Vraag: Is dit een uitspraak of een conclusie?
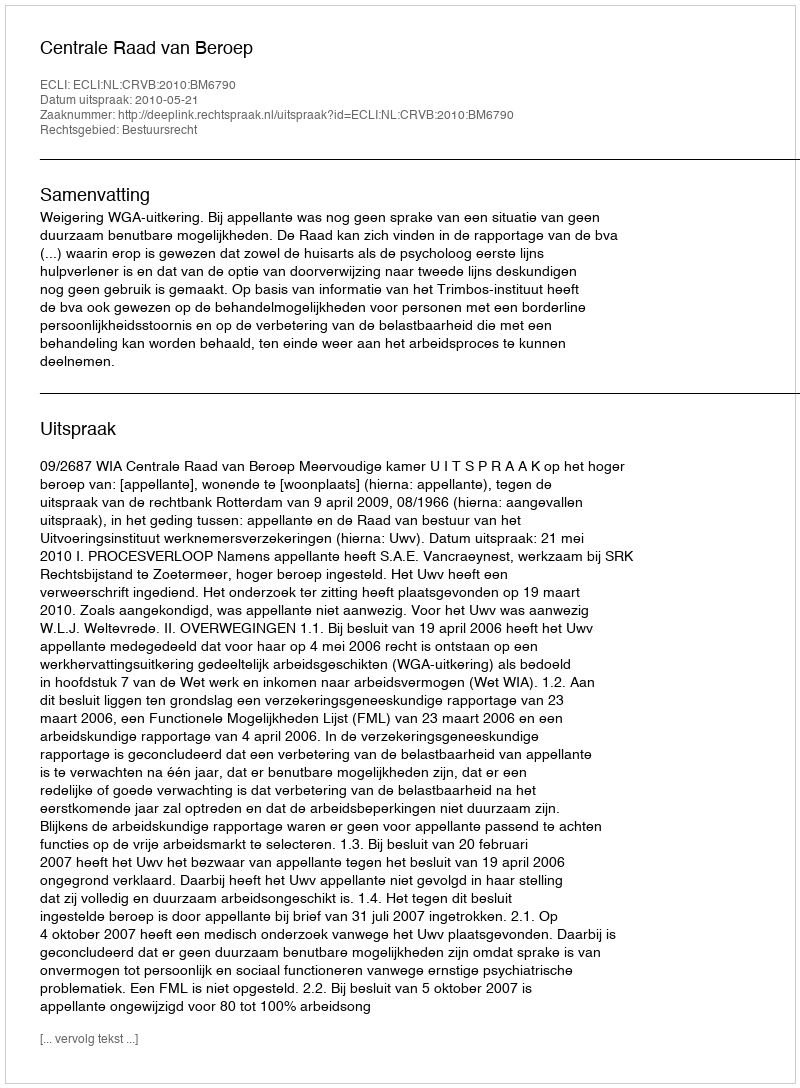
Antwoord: Uitspraak